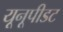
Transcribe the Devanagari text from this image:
यूनूपीडट